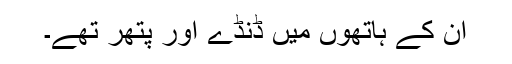
ان کے ہاتھوں میں ڈنڈے اور پتھر تھے۔